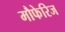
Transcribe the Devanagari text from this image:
मौफेरिज